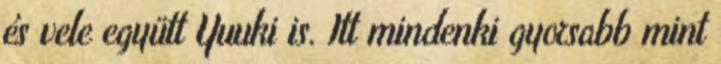
és vele együtt Yuuki is. Itt mindenki gyorsabb mint